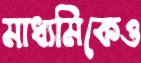
মাধ্যমিকেও